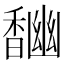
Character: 𩡎